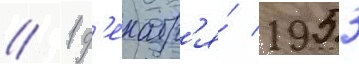
// 1 д'екабр'я́ 1953